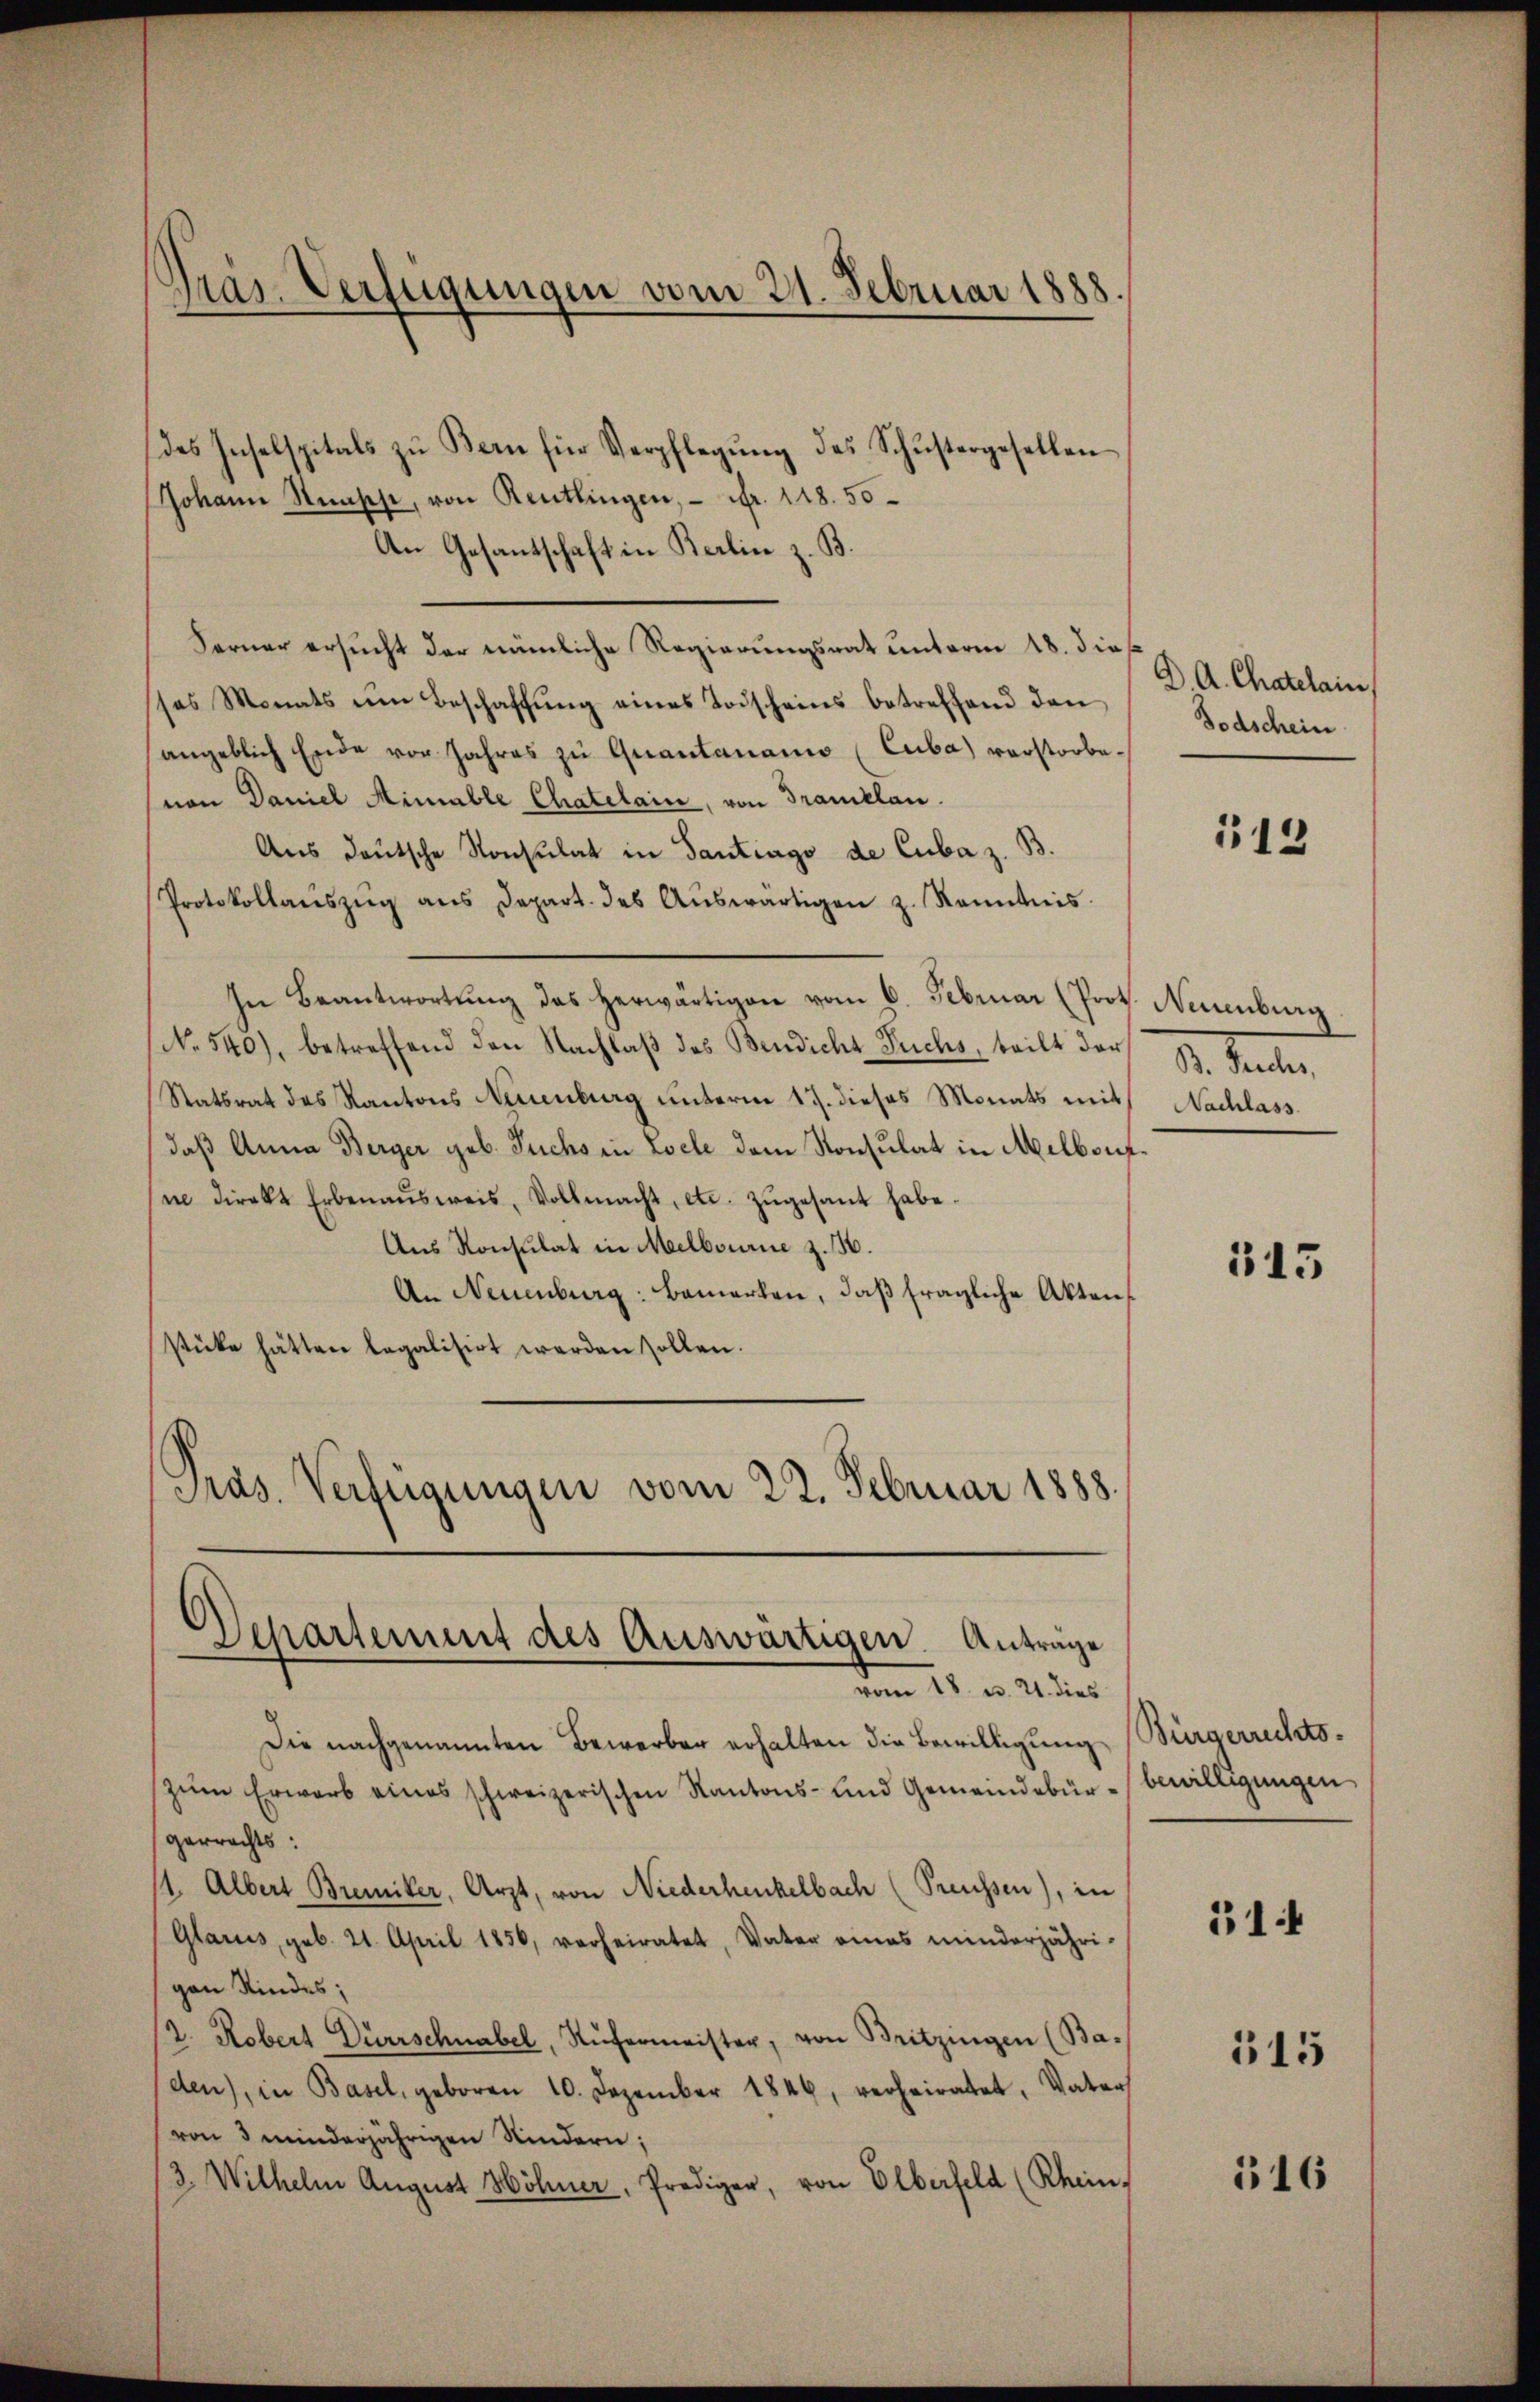
Präs. Verfügungen vom 21. Februar 1888

Die nachgenannten Bewerber erhalten die Bewilligung Bürgerrechtszum Erwarb eines schweizerischen Kantons- und Gemeindebür-bewilligungen
gerrechts:
1. Albert Bremiker, Arzt, von Niederhenkelbach (Preussen), in
Glarus, geb. 21. April 1856, verheiratet, Vater eines minderjähri-
gen Kindes;
2. Robert Dürrschnabel, Rüfermeister, von Britzingen (Ba-
den), in Basel, geboren 10. Dezember 1846, verheiratet, Vater
von 3 minderjährigen Kindern;
/3. Wilhelm August Höhner, Prediger, von Elberfeld (Rhein,

des Inselspitals zu Bern für Verpflegŭng des Schŭstergesellen
Johann Stünsch, von Reutlingen, - Fr. 118. 50
An Gesantschaft in Berlin z. B.
Ferner ersucht der nämliche Regierungsrat unterm 18. die
ses Monats um Beschaffung eines Todscheins betreffend den
angeblich Ende vor Jahres zu Quantanano (Cuba) vorstorbevon Daniel Mimable Chatelain, von Tranklan.
Aus deutsche Konsulat in Gantrago de Cuba z. B.
Protokollaŭszŭg ans Depart. des Aŭswärtigen z. Kenntnis
In Beantwortŭng das herwärtigen vom 6. Februar (Prot. Neuenburg
No. 540), betreffend den Nachlaβ des Bendicht Fuchs, teilt der B. Pechs,
Statsrat des Kantons Neuenburg unterm 17. dieses Monats mit Nachlass
daß Anna Berger geb. Fuchs in Loele dem Konsulat in Melboufi direkt Erbenaŭsweis, Vollmacht, etc. zŭgesant habe.
Ans Konsulat in Melbourie z. B.
An Neuenburg: Bemerken, daß fragliche Akten
stüke hätten legalisirt werden sollen.
Pras. Verfügungen vom 22. Februar 1888.

d
Separtement des Auswärtigen Anträge
vom 11. v. 21 dies

D. A. Chatelain
Todschein

513

515

31

515

516